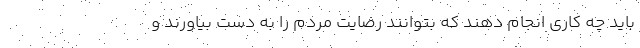
باید چه کاری انجام دهند که بتوانند رضایت مردم را به دست بیاورند و